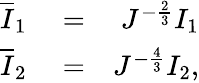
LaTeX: \begin{array}{rlr}{\overline{{I}}_{1}}&{{}=}&{J^{-\frac{2}{3}}I_{1}}\\ {\overline{{I}}_{2}}&{{}=}&{J^{-\frac{4}{3}}I_{2},}\end{array}